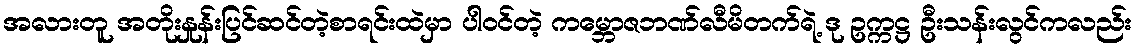
အလားတူ အတိုးနှုန်းပြင်ဆင်တဲ့စာရင်းထဲမှာ ပါဝင်တဲ့ ကမ္ဘောဇဘဏ်လီမိတက်ရဲ့ ဒု ဥက္ကဋ္ဌ ဦးသန်းလွင်ကလည်း